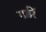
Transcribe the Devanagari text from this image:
गर्डरें